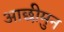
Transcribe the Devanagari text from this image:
आछीमुन